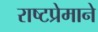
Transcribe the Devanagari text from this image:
राष्टप्रेमाने